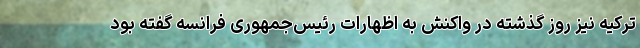
ترکیه نیز روز گذشته در واکنش به اظهارات رئیس‌جمهوری فرانسه گفته بود